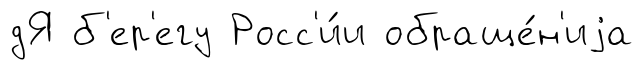
дЯ б'ер'егу Росс'и́и обраще́н'иjа